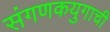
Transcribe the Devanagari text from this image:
संगणकयुगाची